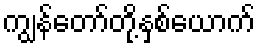
ကျွန်တော်တို့နှစ်ယောက်